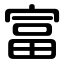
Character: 富